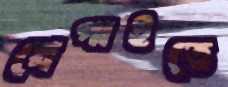
খেপাইতে